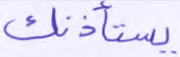
يستأذنك